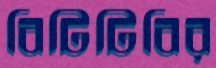
বিটিটিবির